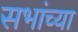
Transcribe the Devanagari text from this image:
सभांच्या